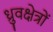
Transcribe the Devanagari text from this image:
ध्रुवक्षेत्रों